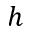
h